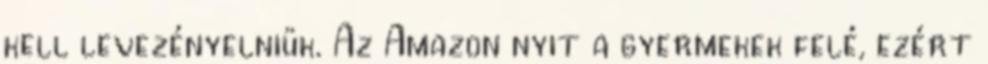
kell levezényelniük. Az Amazon nyit a gyermekek felé, ezért